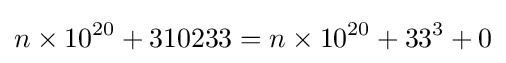
n\times 10^{20}+310233=n\times 10^{20}+33^{3}+0